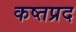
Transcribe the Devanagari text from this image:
कष्तप्रद